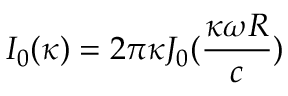
I _ { 0 } ( \kappa ) = 2 \pi { \kappa } { J _ { 0 } ( \frac { \kappa \omega { R } } { c } ) }